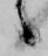
々